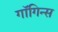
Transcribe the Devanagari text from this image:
गाॅगिन्स